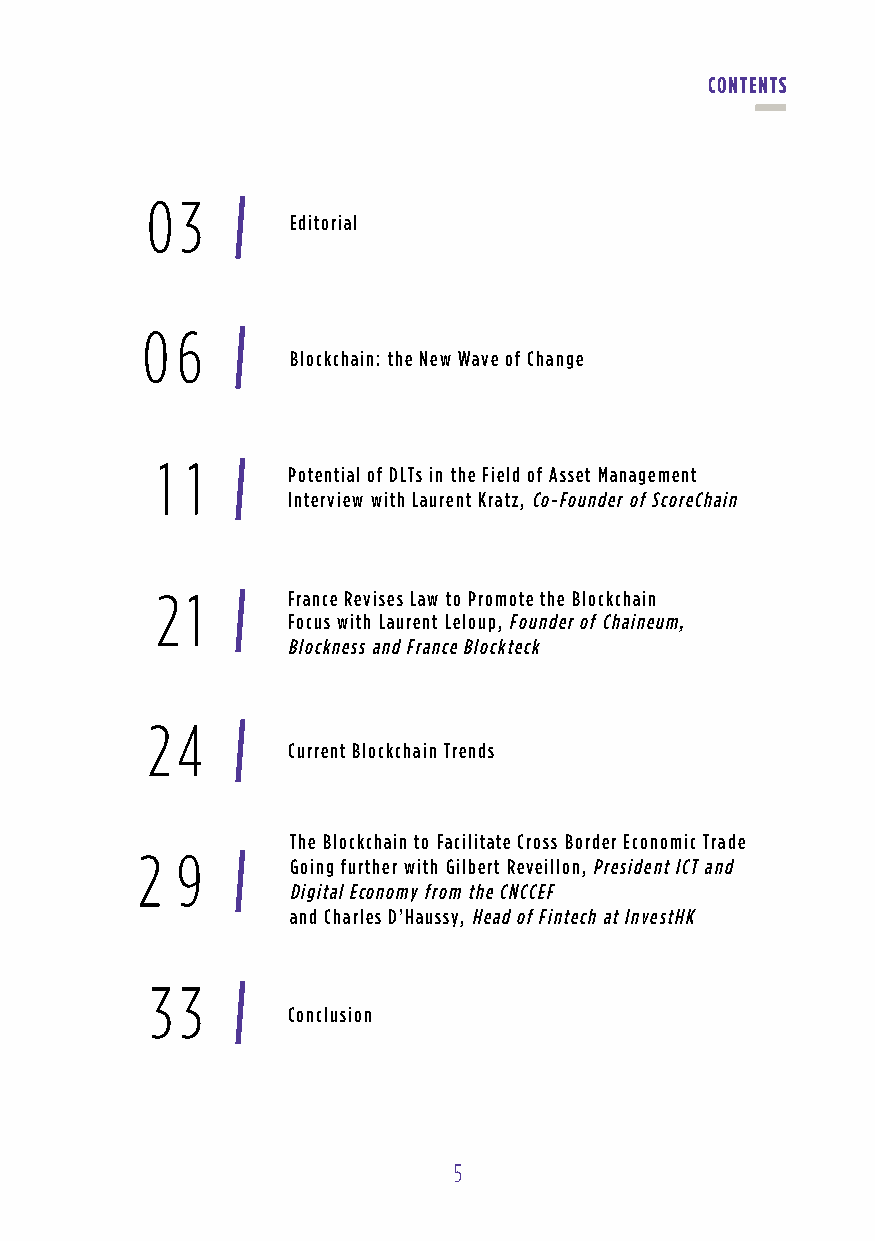
contents
 03
 Editorial
 0  6
 Blockchain: the New Wave of Change
 1 1
 Potential of DLTs in the Field of Asset Management
 Interview with Laurent Kratz, Co-Founder of ScoreChain
 2 1      France Revises Law to Promote the Blockchain
 Focus with Laurent Leloup, Founder of Chaineum,
 Blockness and France Blockteck
 24
 Current Blockchain Trends
 The Blockchain to Facilitate Cross Border Economic Trade
 2  9
 Going further with Gilbert Reveillon, President ICT and
 Digital Economy from the CNCCEF
 and Charles D’Haussy, Head of Fintech at InvestHK
 3 3
 Conclusion
 5